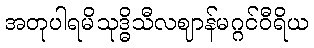
အတုပါရမိသုဒ္ဓိသီလဈာန်မဂ္ဂင်ဝီရိယ